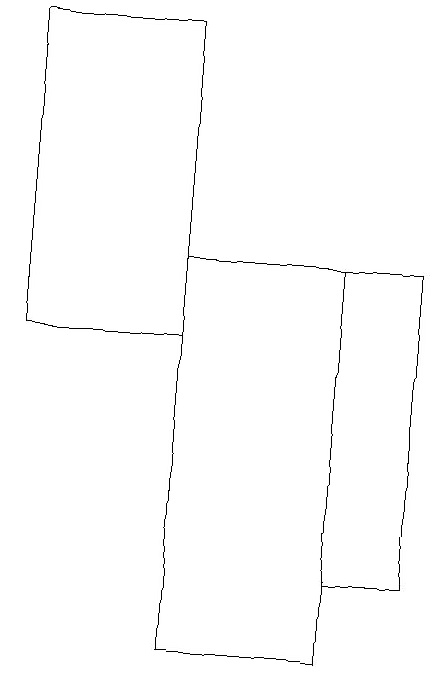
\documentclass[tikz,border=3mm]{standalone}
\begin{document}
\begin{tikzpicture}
\draw (7,15) rectangle (8,11);
\draw (7,15) rectangle (5,10);
\draw (5,18) rectangle (3,14);
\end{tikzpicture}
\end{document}